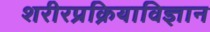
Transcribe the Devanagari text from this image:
शरीरप्रक्रियाविज्ञान